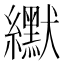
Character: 𫄓